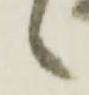
候